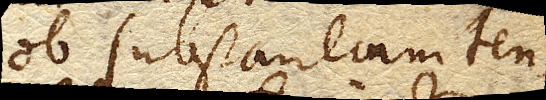
ob substantiam ten–